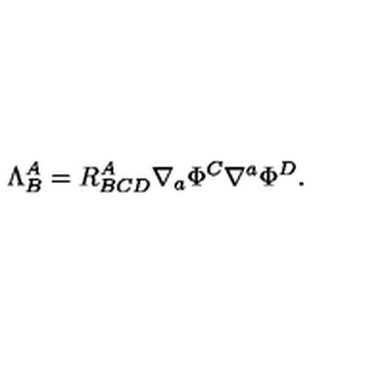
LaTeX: \Lambda _ { B } ^ { A } = R _ { B C D } ^ { A } \nabla _ { a } \Phi ^ { C } \nabla ^ { a } \Phi ^ { D } .